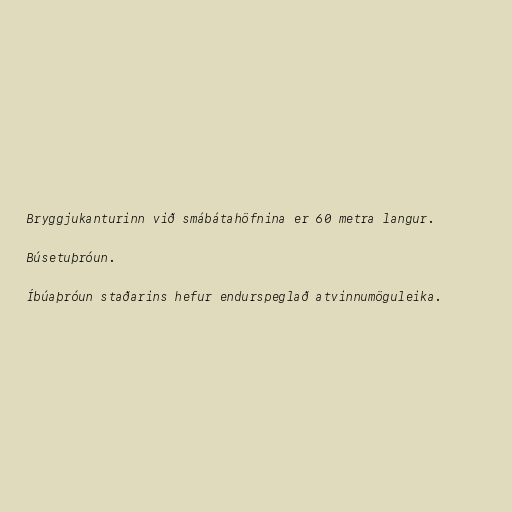
Bryggjukanturinn við smábátahöfnina er 60 metra langur.

Búsetuþróun.

Íbúaþróun staðarins hefur endurspeglað atvinnumöguleika.